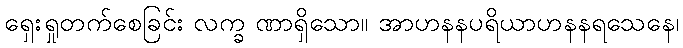
ရှေးရှုတက်စေခြင်း လက္ခ ဏာရှိသော။ အာဟနနပရိယာဟနနရသေနေ၊